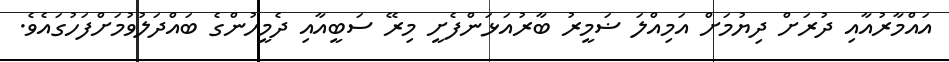
އައްމާރުއާއި ދުރަށް ދިޔުމަށް އަމިއްލަ ޟަމީރު ބާރުއަޅަންފެށީ މިރޭ ސަބީއާއި ދެމީހުންގެ ބައްދަލުވުމަށްފަހުގައެވެ.